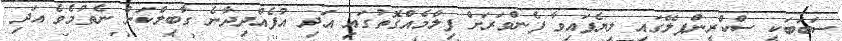
ސަބަބަކީ ސްކްރީންޕލޭގައި ލިޔެފައިވާ ފެންވަރަށް ފިލްމެއްގޮތުގައި އަދި އުފެއްދިދާނެ ގާބިލްކަން ނެތުމެވެ އަދި